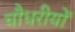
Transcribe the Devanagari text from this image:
चौधरीयों